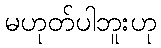
မဟုတ်ပါဘူးဟု